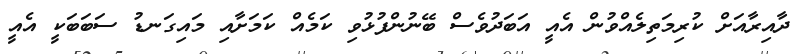
ދާއިރާއަށް ކުރިމަތިލެއްވުން އެއީ އަބަދުވެސް ބޭނުންފުޅުވި ކަމެއް ކަމަށާއި މައިގަނޑު ސަބަބަކީ އެއީ